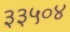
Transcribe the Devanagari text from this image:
३३५०४